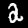
Label: 2